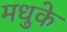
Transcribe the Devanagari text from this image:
मधुके